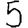
Digit: 5